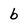
Character: b